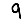
Digit: 9